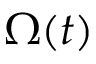
\Omega ( t )